Lunatic asylums United Provinces 1899-1908 - 1899-1908
Year: 1899
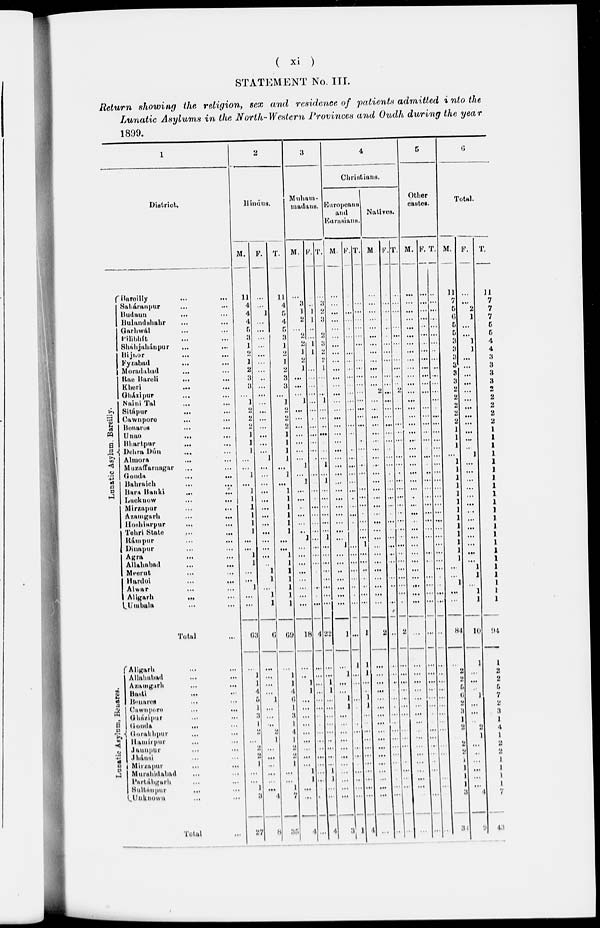
( xi )
STATEMENT No. III.
Return showing the religion, sex and residence of patients admitted into the
Lunatic Asylums in the North-Western Provinces and Oudh during the year
1899.
1
District.
Lunatic Asylum. Bareiliy.
Bareilly
...
...
Saháranpur ... ...
Budaum ... ...
Bulandshahr ... ...
Garhwál ... ...
Pilibhít ... ...
Sháhjahánpur ... ...
Bijnor ... ...
Fyzabad ... ...
Moradabad ... ...
Rae Bareli ... ...
Kheri ... ...
Gházipur ... ...
Naini Tal ... ...
Sitápur ... ...
Cawnpore ... ...
Benares ... ...
Unao
...
...
Bhartpur
...
...
Dehra Dúa ... ...
Almora ... ...
Muzaffarnagar ... ...
Gonda ... ...
Bahraich ... ...
Bara
Banki
...
...
Lucknow ... ...
Mirzapur ... ...
Azamgarh ... ...
Hoshiarpur ... ...
Tehri State ... ...
Rámpur ... ...
Dinapur ... ...
Agra ... ...
Allahabad
...
...
Meerut ... ...
Hardoi ... ...
Alwar ... ...
Aligarh ... ...
Umbala ... ...
Total ...
Lunatic Asylum, Benares.
Aligarh ... ...
Allahabad ... ...
Azamgarh
...
...
Basti ... ...
Benares ... ...
Cawapore
...
...
Gházipur ... ...
Gonda
...
...
Gorakhpur ... ...
Hamírpur ... ...
Jaunpur ... ...
Jhánsi
Mirzapur ... ...
Murshidabad ... ...
Partáhgarh ... ...
Sultanpur ... ...
Unknown . . . . . .
Total ...
2
Hindus.
M.
11
4
4
4
5
3
1
2
1
2
3
3
...
1
2
2
...
1
1
1
...
...
1
...
1
1
1
1
1
1
...
...
1
1
...
...
1
...
...
63
...
1
1
4
5
1
3
1
2
...
2
2
1
...
...
1
3
27
F.
...
...
1
...
...
...
...
...
...
...
...
...
...
...
...
...
...
...
...
...
1
...
...
...
...
...
...
...
...
...
...
...
...
...
1
1
...
1
1
6
...
...
...
...
1
...
...
...
1
...
...
...
...
...
...
4
8
T.
11
4
5
4
5
3
1
2
1
2
3
3
...
1
2
2
2
1
1
1
1
...
1
...
1
1
1
1
1
1
...
...
l
1
1
1
1
1
1
69
...
1
1
4
6
1
a
1
4
1
1
2
1
...
...
1
7
35
3
Muham-
madans.
M.
...
3
1
2
...
2
2
1
2
1
...
...
...
1
...
...
...
...
...
...
...
1
...
1
...
...
...
...
...
...
1
...
...
...
...
...
...
...
...
18
...
...
1
1
...
...
....
...
...
...
...
...
...
1
1
...
...
4
F.
...
1
1
...
...
1
1
...
...
...
...
...
...
...
...
...
...
...
...
...
...
...
...
...
...
...
...
...
...
...
...
...
...
...
...
...
4
...
...
...
...
...
...
...
...
...
...
...
...
...
...
...
...
...
...
T.
3
2
3
...
2
3
2
2
1
...
...
...
1
...
...
...
...
...
...
...
1
...
14
...
...
...
...
...
...
1
...
...
...
...
...
...
...
...
22
...
...
1
1
...
...
...
...
...
...
...
...
...
1
1
...
...
4
4
Christians.
Europeans
and
Eurasians.
M.
...
...
...
...
...
...
...
...
...
...
...
...
...
...
...
...
...
...
...
...
...
...
...
...
...
...
...
...
...
...
...
1
...
...
..
...
...
...
...
1
...
1
...
...
1
1
...
...
...
...
...
...
...
...
...
...
...
3
F.
...
...
...
...
...
...
...
...
...
...
...
...
...
...
...
...
...
...
...
...
...
...
...
...
...
...
...
...
...
...
...
...
...
...
...
...
...
...
...
...
1
...
...
...
...
...
...
...
...
...
...
...
...
...
...
...
...
1
T.
...
...
...
...
...
...
...
...
...
...
...
...
...
...
...
...
...
...
...
...
...
...
...
...
...
...
...
...
...
...
...
1
...
...
..
..
..
...
...
1
1
1
...
...
1
1
...
...
...
...
...
...
...
...
...
...
...
4
Natives.
M
...
...
...
...
...
...
...
...
...
...
...
...
2
...
...
...
...
...
...
...
...
...
...
...
...
...
...
...
...
...
...
...
...
...
...
...
...
...
...
2
...
...
...
...
...
...
...
...
...
...
...
...
...
...
...
...
...
...
F.
...
...
...
...
...
...
...
...
...
...
...
...
...
...
...
...
...
...
...
...
...
...
...
...
...
...
...
...
...
...
...
...
...
...
...
...
...
...
...
...
...
..
...
...
...
...
...
...
...
...
...
...
...
...
...
...
...
...
T.
...
...
...
...
...
...
...
...
...
...
...
...
2
...
...
...
...
...
...
...
...
...
...
...
...
...
...
...
...
...
...
...
...
...
...
...
...
...
...
2
...
...
...
...
...
...
...
...
...
...
...
...
...
...
...
...
...
...
5
Other
castes.
M.
...
...
...
...
...
...
...
...
...
...
...
...
...
...
...
...
...
...
...
...
...
...
...
...
...
...
...
...
...
...
...
...
...
...
...
...
...
...
...
...
...
...
...
...
...
...
...
...
...
...
...
...
...
...
...
F. T.
...
...
...
...
...
...
...
...
...
...
...
...
...
...
...
...
...
...
...
...
...
...
...
...
...
...
...
...
...
...
...
...
...
...
...
...
...
...
...
...
...
...
...
...
...
...
...
...
...
...
...
...
...
...
...
...
...
...
...
...
...
...
...
...
...
...
...
...
...
...
...
...
...
...
...
...
...
...
...
...
...
...
...
...
...
...
...
...
...
...
...
...
...
...
...
...
...
...
...
...
...
...
...
...
...
6
Total.
M.
11
7
5
6
5
5
3
3
3
3 3
3 2
2
2
2
2
1
1
1
...
1
1
1
1
1
1
1
1
1
1
1
1
1
...
...
1
...
...
84
...
2
2
5
6
2
3 1
2
2
2
1
1
1
1
3
3
F.
...
...
2
1
...
...
1
1
...
...
...
...
...
...
...
...
...
...
...
...
1
...
...
...
...
...
...
...
...
...
...
...
...
...
1
1
...
1
1
10
1
...
...
1
...
...
2
1
...
..
...
...
...
...
4
9
T.
11
7
7
7
5
5
4
4
2
2
2
2
2
2
2
2
2
1
1
1
1
1
1
1
1
1
1
1
1
1
1
1
1
1
1
1
1
1
1
94
1
2
2
5
7
2
3 1
4
1
2
2
1
1
1
1
7
43